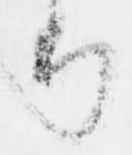
り